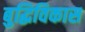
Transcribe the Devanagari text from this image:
बुद्धिविकास